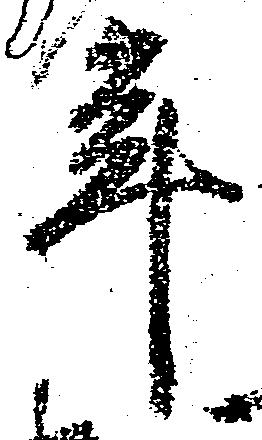
年